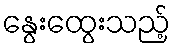
နွေးထွေးသည့်